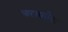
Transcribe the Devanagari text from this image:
आराकोवा